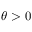
\theta > 0